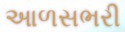
આળસભરી